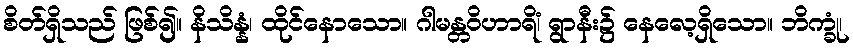
စိတ်ရှိသည် ဖြစ်၍။ နိသိန္နံ၊ ထိုင်နောသော။ ဂါမန္တဝိဟာရိံ၊ ရွာနီး၌ နေလေ့ရှိသော။ ဘိက္ခုံ၊